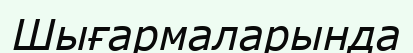
Шығармаларында